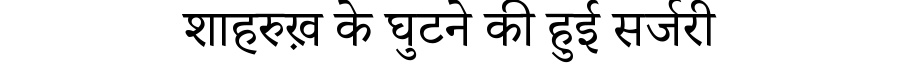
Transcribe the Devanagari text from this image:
शाहरुख़ के घुटने की हुई सर्जरी